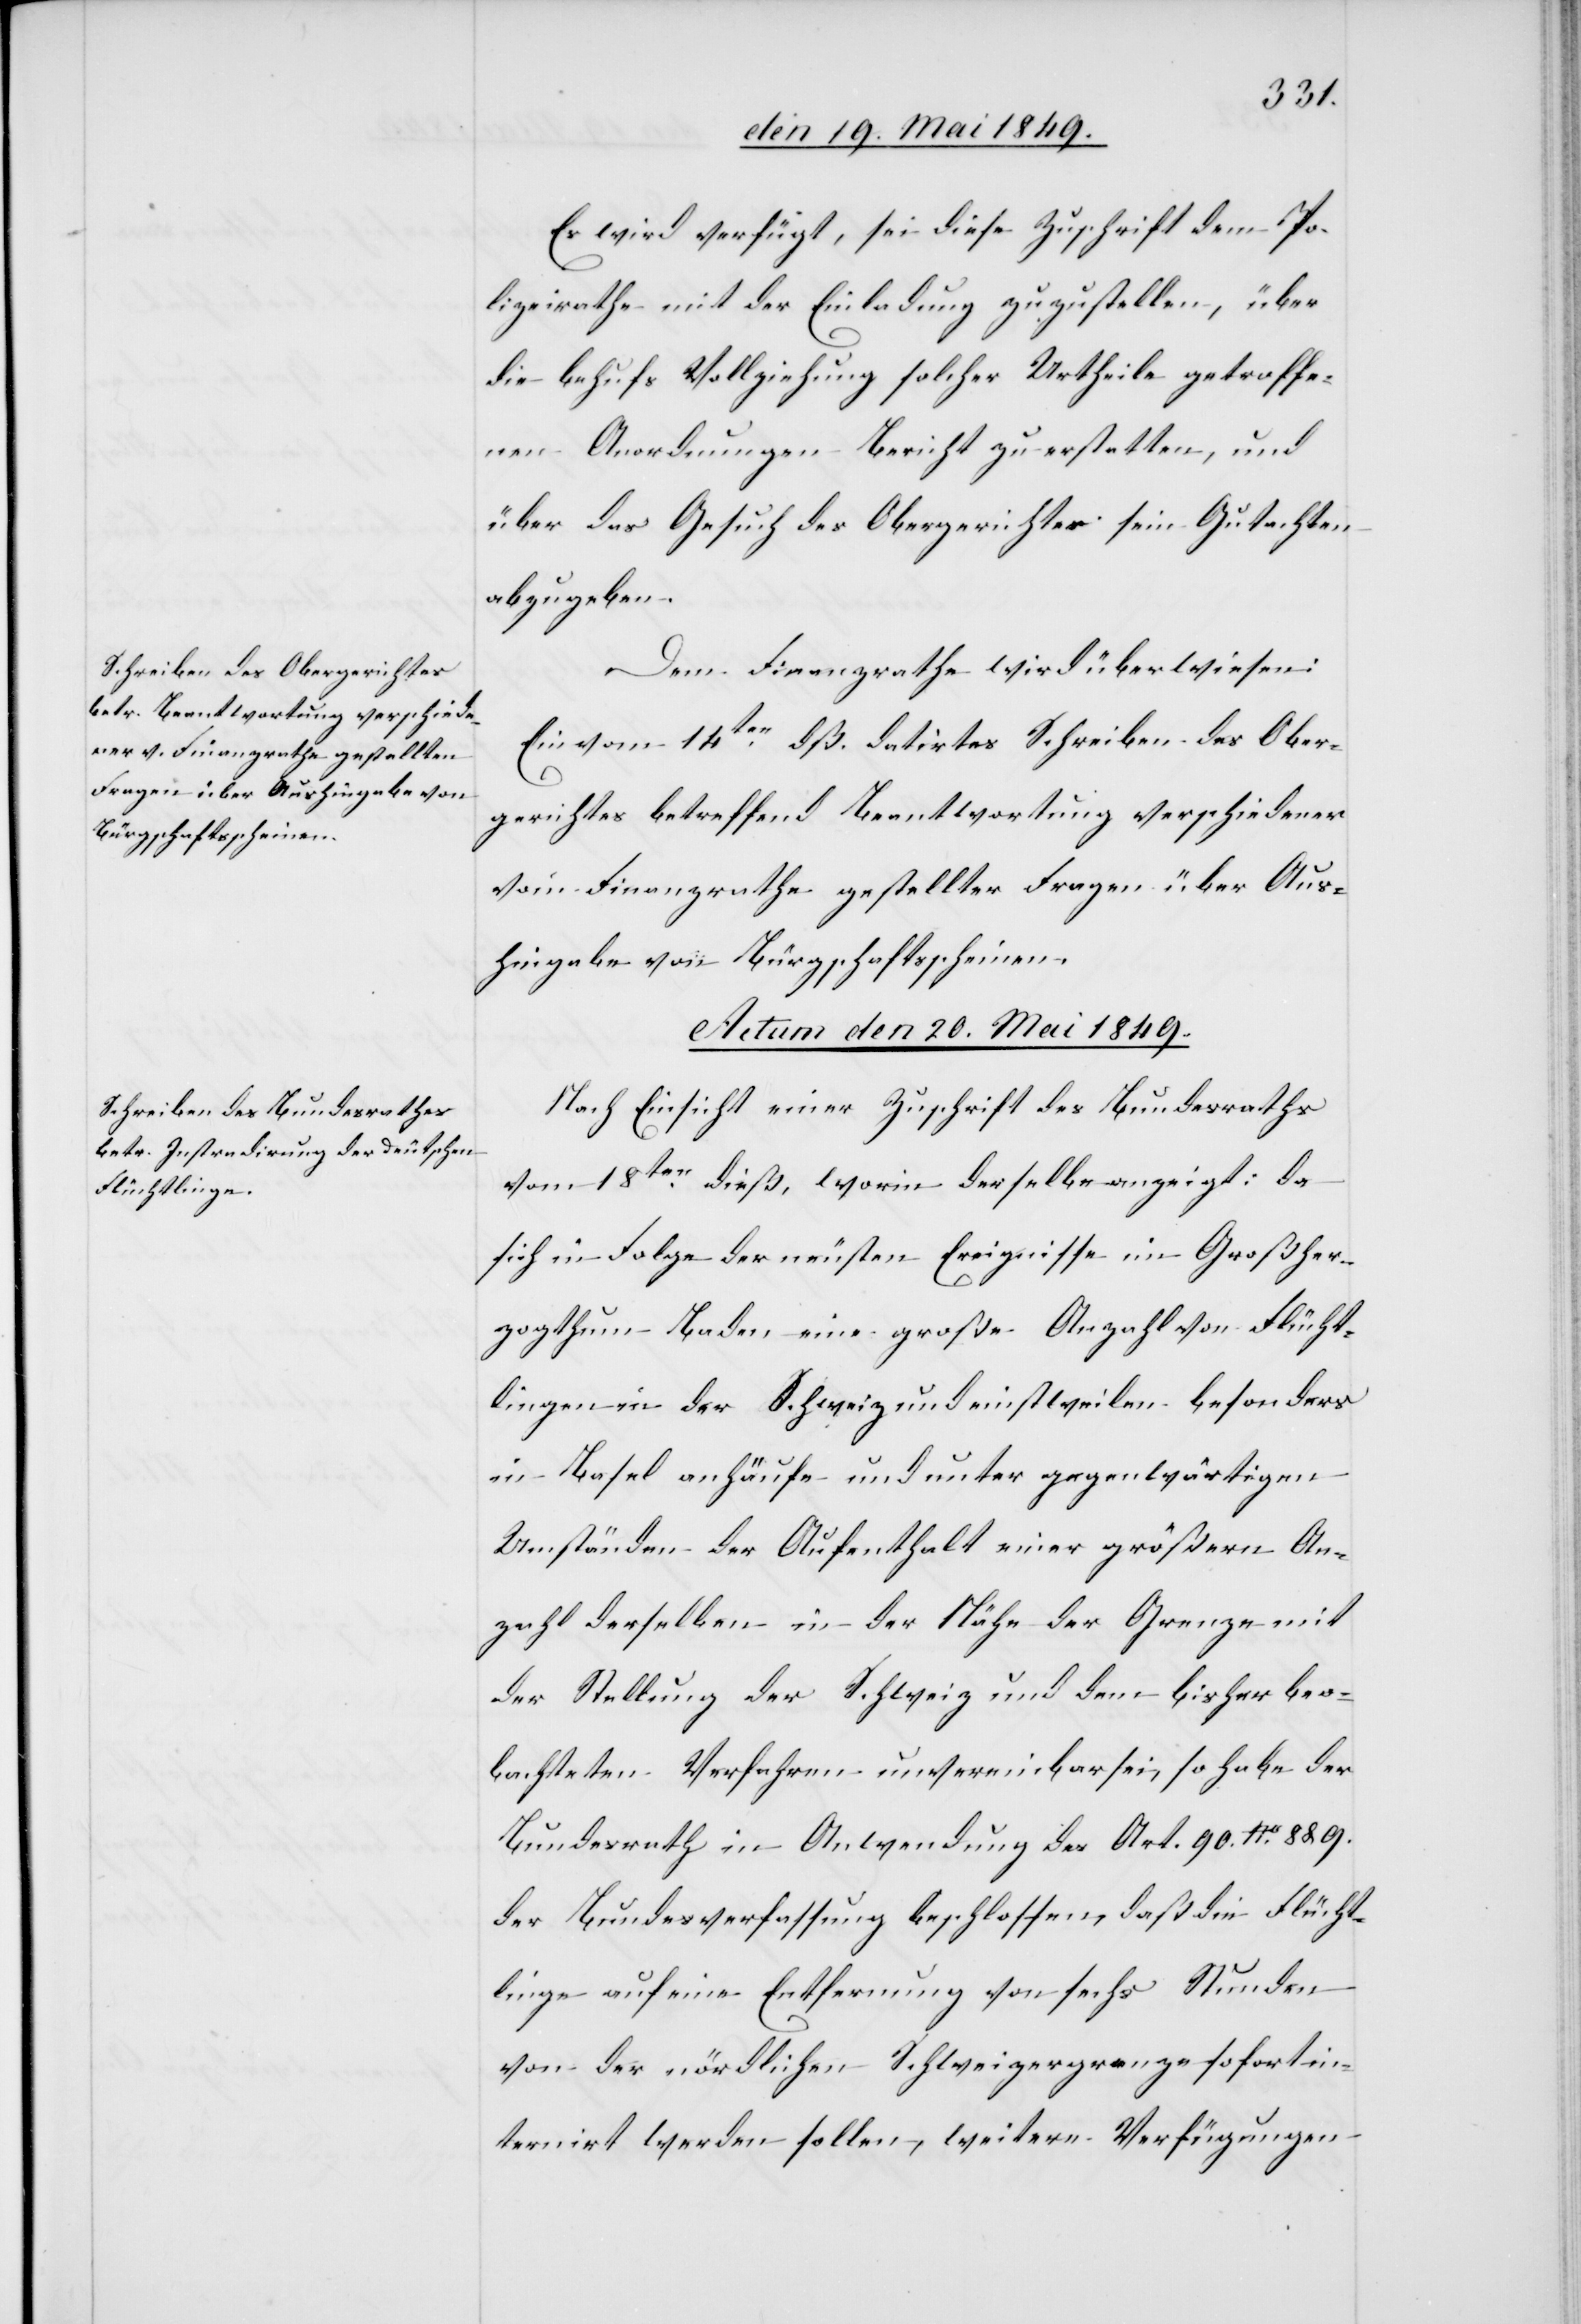
den 19t Mai 1849.]
Es wird verfügt, sei diese Zuschrift dem Po¬
lizeirathe mit der Einladung zuzustellen, über
die behufs Vollziehung solcher Urtheile getroffe¬
nen Anordnungen – Bericht zu erstatten, und
über das Gesuch des Obergerichtes sein Gutachten
abzugeben.
Dem Finanzrathe wird überwiesen:
Ein vom 14ten dß. datirtes Schreiben des Ober¬
gerichtes betreffend Beantwortung verschiedener
vom Finanzrathe gestellter Fragen über Aus¬
hingabe von Bürgschaftsscheinen.
Actum den 20. Mai 1849.
Nach Einsicht einer Zuschrift des Bundesrathes
vom 18ten dieß, worin derselbe anzeigt: da
sich in Folge der neusten Ereignisse im Großher¬
zogthum Baden eine große Anzahl von Flücht¬
lingen in der Schweiz und einstweilen besonders
in Basel anhäufe und unter gegenwärtigen
Umständen der Aufenthalt einer größern An¬
zahl derselben in der Nähe der Grenze mit
der Stellung der Schweiz und dem bisher beo¬
bachteten Verfahren unvereinbar sei, so habe der
Bundesrath in Anwendung des Art. 90. No. 8&9.
der Bundesverfassung beschlossen, daß die Flücht¬
linge auf eine Entfernung von sechs Stunden
von der nördlichen Schweizergrenze sofort in¬
ternirt werden sollen, weitere Verfügungen